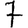
Digit: 7